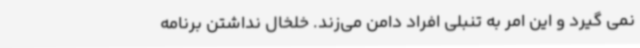
نمی گیرد و این امر به تنبلی افراد دامن می‌زند. خلخال نداشتن برنامه